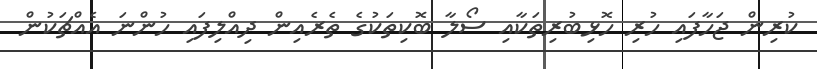
ކުރިން ޖަހާފައި ހުރި ހޮޅިބުރިތަކާއި ސޯލާ ބޮކިތަކުގެ ތެރެއިން ދިއްލިފައި ހުންނަ އެއްޗަކުން